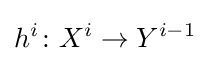
h^{i}\colon X^{i}\to Y^{i-1}